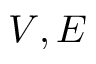
V , E